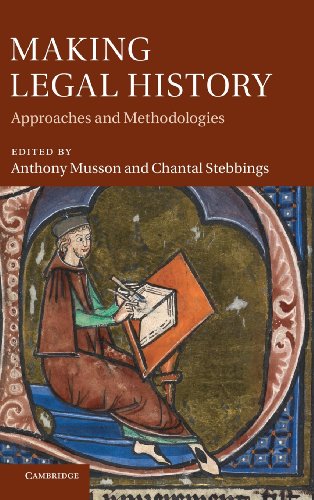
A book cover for Making Legal History: Approaches and Methodologies; Law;